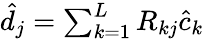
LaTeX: \begin{array}{r}{\hat{d}_{j}=\sum_{k=1}^{L}R_{kj}\hat{c}_{k}}\end{array}